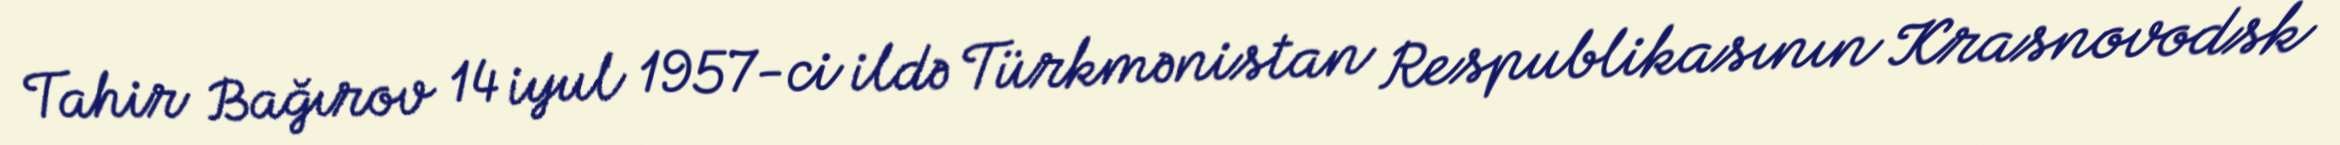
Tahir Bağırov 14 iyul 1957-ci ildə Türkmənistan Respublikasının Krasnovodsk